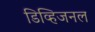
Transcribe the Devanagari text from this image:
डिव्हिजनल